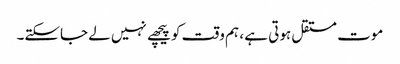
موت مستقل ہوتی ہے ، ہم وقت کو پیچھے نہیں لے جاسکتے۔